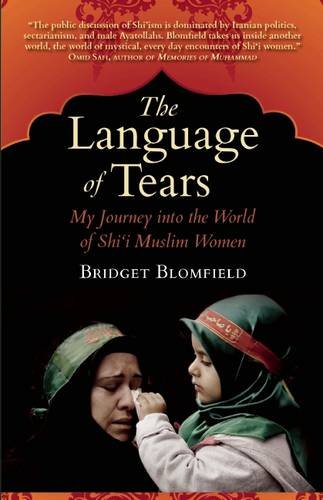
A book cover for The Language of Tears: My Journey into the World of Shi'i Muslim Women (Islamic Encounter Series); Bridget Blomfield; Religion & Spirituality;